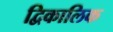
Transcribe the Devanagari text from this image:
द्विकालिक